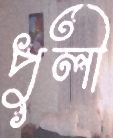
পুলী